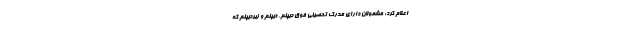
اعلام کرد: مشمولان دارای مدرک تحصیلی فوق دیپلم، دیپلم و زیردیپلم که